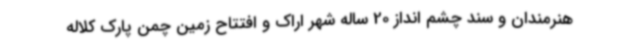
هنرمندان و سند چشم انداز 20 ساله شهر اراک و افتتاح زمین چمن پارک کلاله